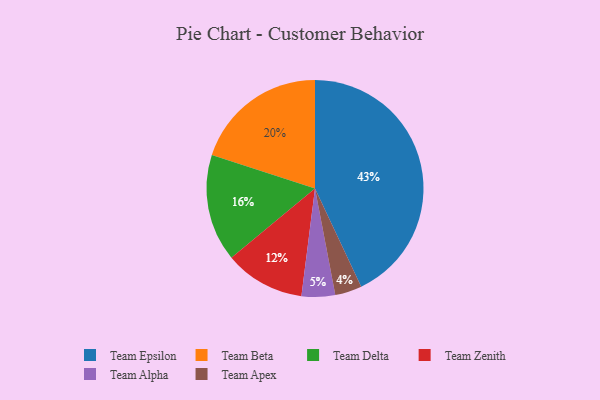
{"axis": {"x": "Category", "y": "Percentage"}, "legend": ["Team Alpha", "Team Apex", "Team Beta", "Team Delta", "Team Epsilon", "Team Zenith"], "data": [{"x": "Team Zenith", "y": 12, "type": "Team Zenith"}, {"x": "Team Apex", "y": 4, "type": "Team Apex"}, {"x": "Team Epsilon", "y": 43, "type": "Team Epsilon"}, {"x": "Team Delta", "y": 16, "type": "Team Delta"}, {"x": "Team Beta", "y": 20, "type": "Team Beta"}, {"x": "Team Alpha", "y": 5, "type": "Team Alpha"}]}